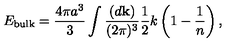
E _ { \mathrm { b u l k } } = { \frac { 4 \pi a ^ { 3 } } { 3 } } \int { \frac { ( d { \bf k } ) } { ( 2 \pi ) ^ { 3 } } } { \frac { 1 } { 2 } } k \left( 1 - { \frac { 1 } { n } } \right) ,